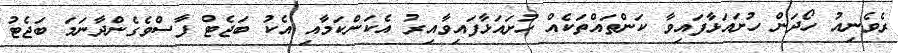
ރެވެނިއު ހޯދަން ހުށައަޅާފައިވާ ކަންތައްތަކެއް ހުށައަޅާފައިވާއިރު އެކަންކަމާއި އެކު ބަޖެޓް ފާސްވެގެންދާނަމަ ބަޖެޓު